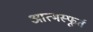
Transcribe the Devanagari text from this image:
आत्मस्फूर्त